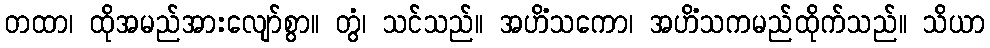
တထာ၊ ထိုအမည်အားလျော်စွာ။ တွံ၊ သင်သည်။ အဟိံသကော၊ အဟိံသကမည်ထိုက်သည်။ သိယာ